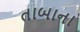
તાબાના